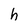
Character: h